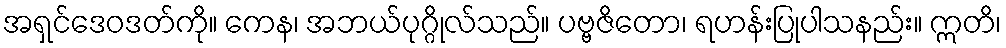
အရှင်ဒေဝဒတ်ကို။ ကေန၊ အဘယ်ပုဂ္ဂိုလ်သည်။ ပဗ္ဗဇိတော၊ ရဟန်းပြုပါသနည်း။ ဣတိ၊